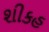
શીકહ